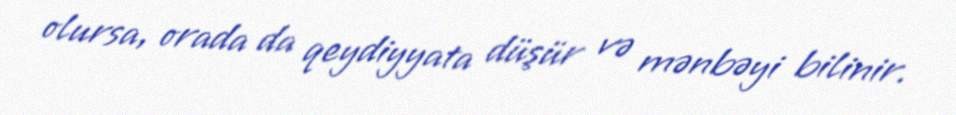
olursa, orada da qeydiyyata düşür və mənbəyi bilinir.